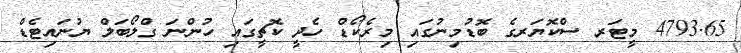
4793.65 މީޓަރ ސްކޮޔަރގެ ބޮޑުމިނުގައި މިރެކޯޑް ހެދީ ކޮޗީގައި ހުންނަ ގްލޯބަލް ޔުނައިޓެޑް